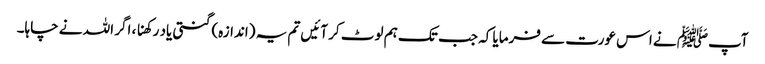
آپﷺ نے اس عورت سے فرمایا کہ جب تک ہم لوٹ کر آئیں تم یہ (اندازہ) گنتی یاد رکھنا ، اگر اللہ نے چاہا۔